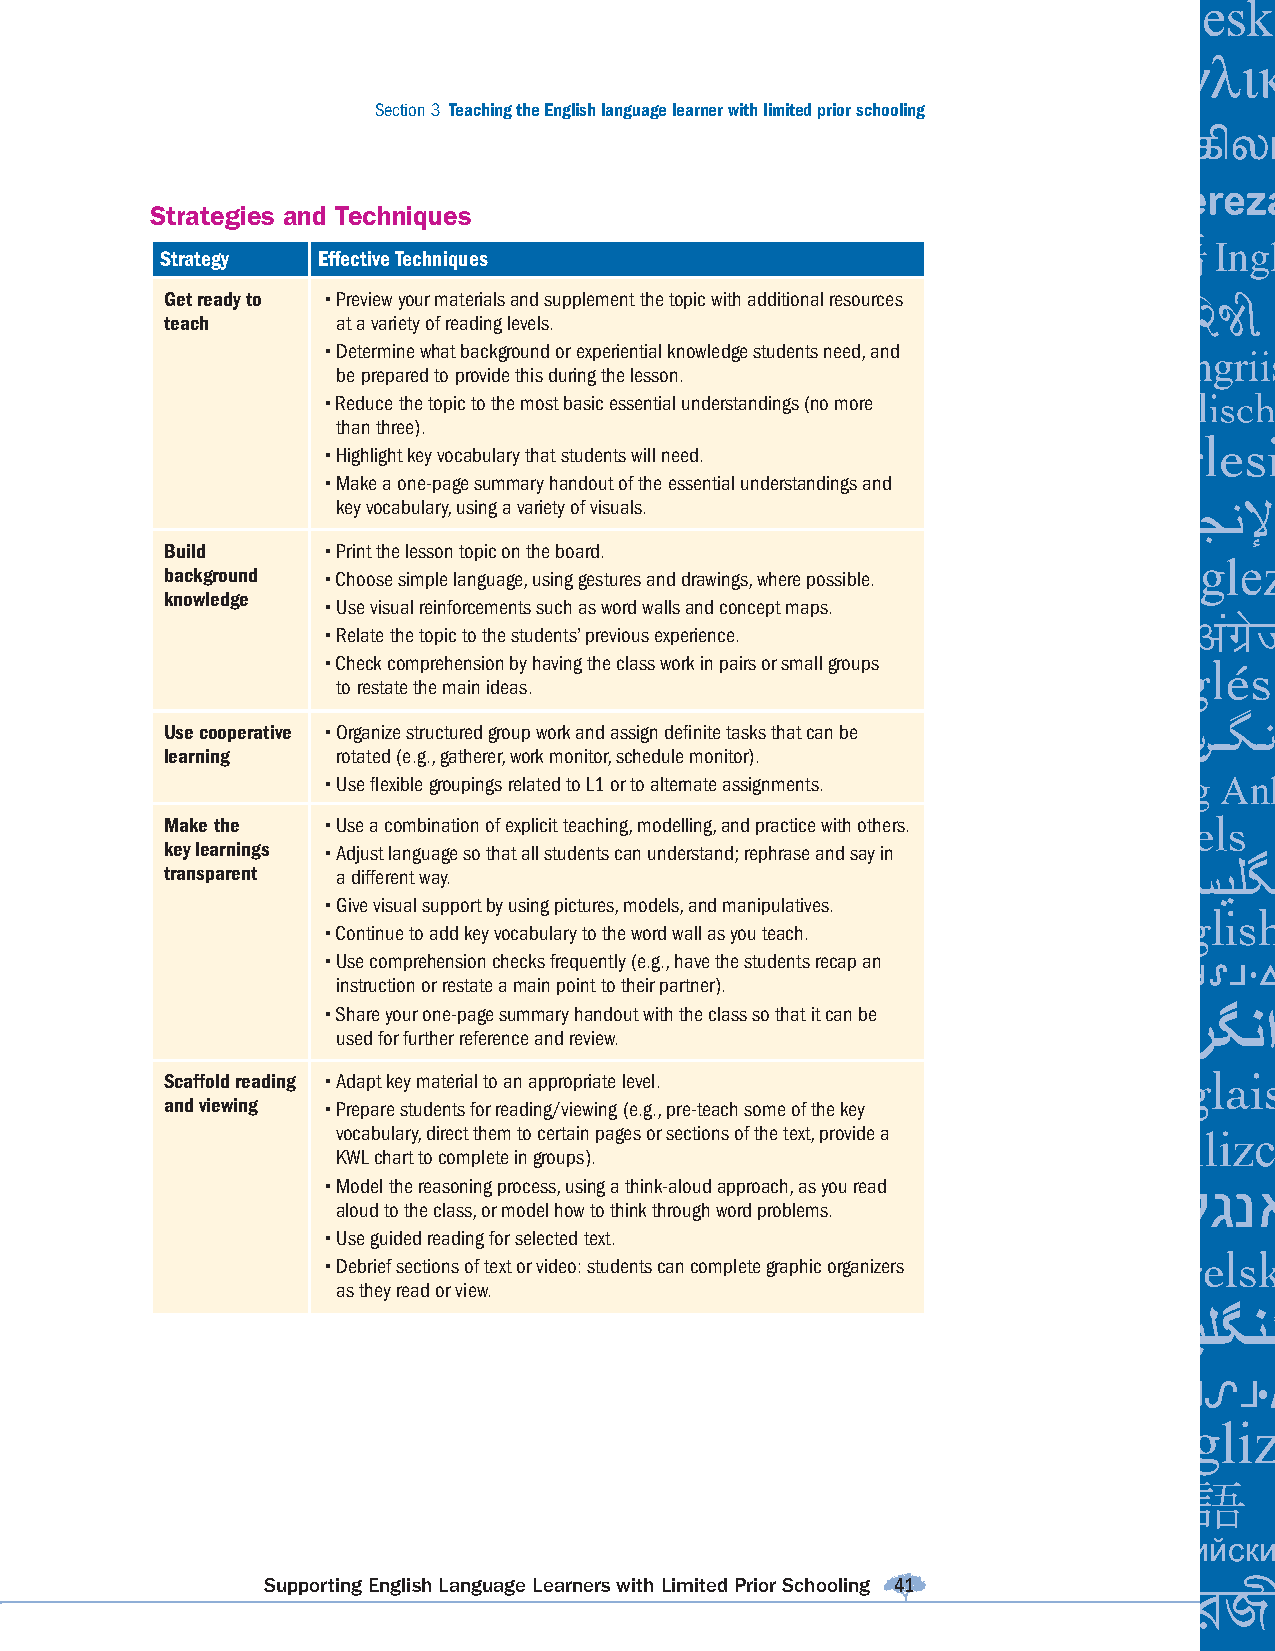
Section 3 Teaching the English language learner with limited prior schooling
 Strategies and Techniques
 Strategy  Effective Techniques
 Get ready to • Preview your materials and supplement the topic with additional resources
 teach      at a variety of reading levels.
 • Determine what background or experiential knowledge students need, and
 be prepared to provide this during the lesson.
 • Reduce the topic to the most basic essential understandings (no more
 than three).
 • Highlight key vocabulary that students will need.
 • Make a one-page summary handout of the essential understandings and
 key vocabulary, using a variety of visuals.
 Build     • Print the lesson topic on the board.
 background • Choose simple language, using gestures and drawings, where possible.
 knowledge
 • Use visual reinforcements such as word walls and concept maps.
 • Relate the topic to the students’ previous experience.
 • Check comprehension by having the class work in pairs or small groups
 to restate the main ideas.
 Use cooperative • Organize structured group work and assign defi nite tasks that can be
 learning   rotated (e.g., gatherer, work monitor, schedule monitor).
 • Use fl exible groupings related to L1 or to alternate assignments.
 Make the  • Use a combination of explicit teaching, modelling, and practice with others.
 key learnings • Adjust language so that all students can understand; rephrase and say in
 transparent a different way.
 • Give visual support by using pictures, models, and manipulatives.
 • Continue to add key vocabulary to the word wall as you teach.
 • Use comprehension checks frequently (e.g., have the students recap an
 instruction or restate a main point to their partner).
 • Share your one-page summary handout with the class so that it can be
 used for further reference and review.
 Scaffold reading • Adapt key material to an appropriate level.
 and viewing • Prepare students for reading/viewing (e.g., pre-teach some of the key
 vocabulary, direct them to certain pages or sections of the text, provide a
 KWL chart to complete in groups).
 • Model the reasoning process, using a think-aloud approach, as you read
 aloud to the class, or model how to think through word problems.
 • Use guided reading for selected text.
 • Debrief sections of text or video: students can complete graphic organizers
 as they read or view.
 Supporting English Language Learners with Limited Prior Schooling 41